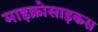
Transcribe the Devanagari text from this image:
माइक्रोसाइकस